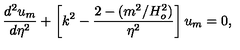
{ \frac { d ^ { 2 } u _ { m } } { d \eta ^ { 2 } } } + \left[ k ^ { 2 } - { \frac { 2 - ( m ^ { 2 } / H _ { o } ^ { 2 } ) } { \eta ^ { 2 } } } \right] u _ { m } = 0 ,